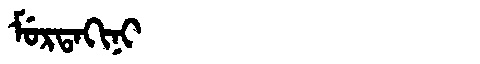
Manchu: ᠮᡠᡵᡨᠠᡴᡳᠨᡳ
Romanization: MURTAKINI